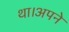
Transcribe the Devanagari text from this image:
था।अपने